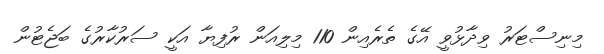
މިނިސްޓަރު ވިދާޅުވީ އޭގެ ތެރެއިން 110 މިލިއަން ރުފިޔާ އަކީ ސަރުކާރުގެ ބަޖެޓުން